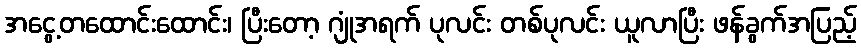
အငွေ့တထောင်းထောင်း၊ ပြီးတော့ ဂျုံအရက် ပုလင်း တစ်ပုလင်း ယူလာပြီး ဖန်ခွက်အပြည့်